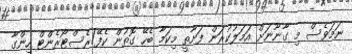
ނަމަވެސް މި ގާނޫނަށް އަމަލުކުރަން ފަށާތީ މިކަމާ ބެހޭ ގޮތުން ކެފޭ/ރެސްޓޯރެންޓް ހިންގާ